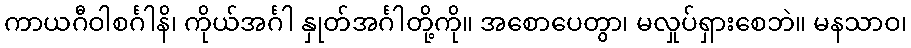
ကာယဂီဝါစင်္ဂါနိ၊ ကိုယ်အင်္ဂါ နှုတ်အင်္ဂါတို့ကို။ အစောပေတွာ၊ မလှုပ်ရှားစေဘဲ။ မနသာဝ၊